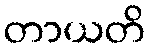
တာယတိ